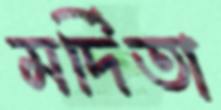
মর্দিতা